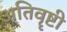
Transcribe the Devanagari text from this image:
अतिवॄष्टी